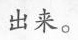
出来。